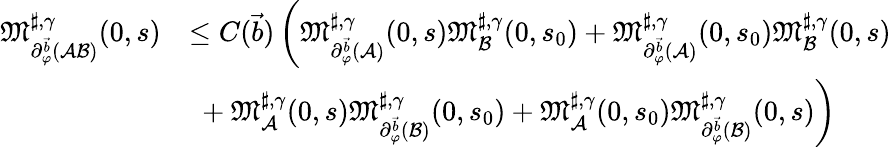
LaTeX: \begin{array}{rl}{\mathfrak{M}_{\partial_{\varphi}^{\vec{b}}(\mathcal{A}\mathcal{B})}^{\sharp,\gamma}(0,s)}&{\le C(\vec{b})\left(\mathfrak{M}_{\partial_{\varphi}^{\vec{b}}(\mathcal{A})}^{\sharp,\gamma}(0,s)\mathfrak{M}_{\mathcal{B}}^{\sharp,\gamma}(0,s_{0})+\mathfrak{M}_{\partial_{\varphi}^{\vec{b}}(\mathcal{A})}^{\sharp,\gamma}(0,s_{0})\mathfrak{M}_{\mathcal{B}}^{\sharp,\gamma}(0,s)\right.}\\ &{\left.\ +\mathfrak{M}_{\mathcal{A}}^{\sharp,\gamma}(0,s)\mathfrak{M}_{\partial_{\varphi}^{\vec{b}}(\mathcal{B})}^{\sharp,\gamma}(0,s_{0})+\mathfrak{M}_{\mathcal{A}}^{\sharp,\gamma}(0,s_{0})\mathfrak{M}_{\partial_{\varphi}^{\vec{b}}(\mathcal{B})}^{\sharp,\gamma}(0,s)\right)}\end{array}